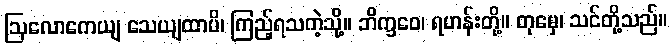
ဩလောကေယျ သေယျထာပိ၊ ကြည့်ရသကဲ့သို့။ ဘိက္ခဝေ၊ ရဟန်းတို့။ တုမှေ၊ သင်တို့သည်။